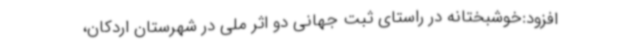
افزود:خوشبختانه در راستای ثبت جهانی دو اثر ملی در شهرستان اردکان،